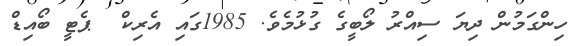
ހިންގަމުން ދިޔަ ސިއްރު ލޯބީގެ ގުޅުމެވެ. 1985ގައި އެރިކް  ޕެޓީ ބޯއިޑް